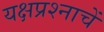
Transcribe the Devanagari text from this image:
यक्षप्रश्नाचें